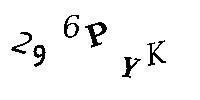
296PYK